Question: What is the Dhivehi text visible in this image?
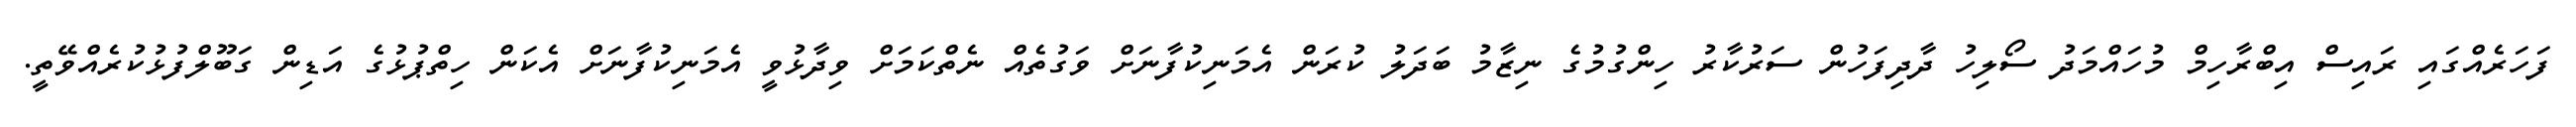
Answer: ފަހަރެއްގައި ރައިސް އިބްރާހިމް މުހައްމަދު ސޯލިހު ދާދިފަހުން ސަރުކާރު ހިންގުމުގެ ނިޒާމު ބަދަލު ކުރަން އެމަނިކުފާނަށް ވަގުތެއް ނެތްކަމަށް ވިދާޅުވީ އެމަނިކުފާނަށް އެކަން ހިތްޕުޅުގެ އަޑިން ގަބޫލްފުޅުކުރެއްވޭތީ.